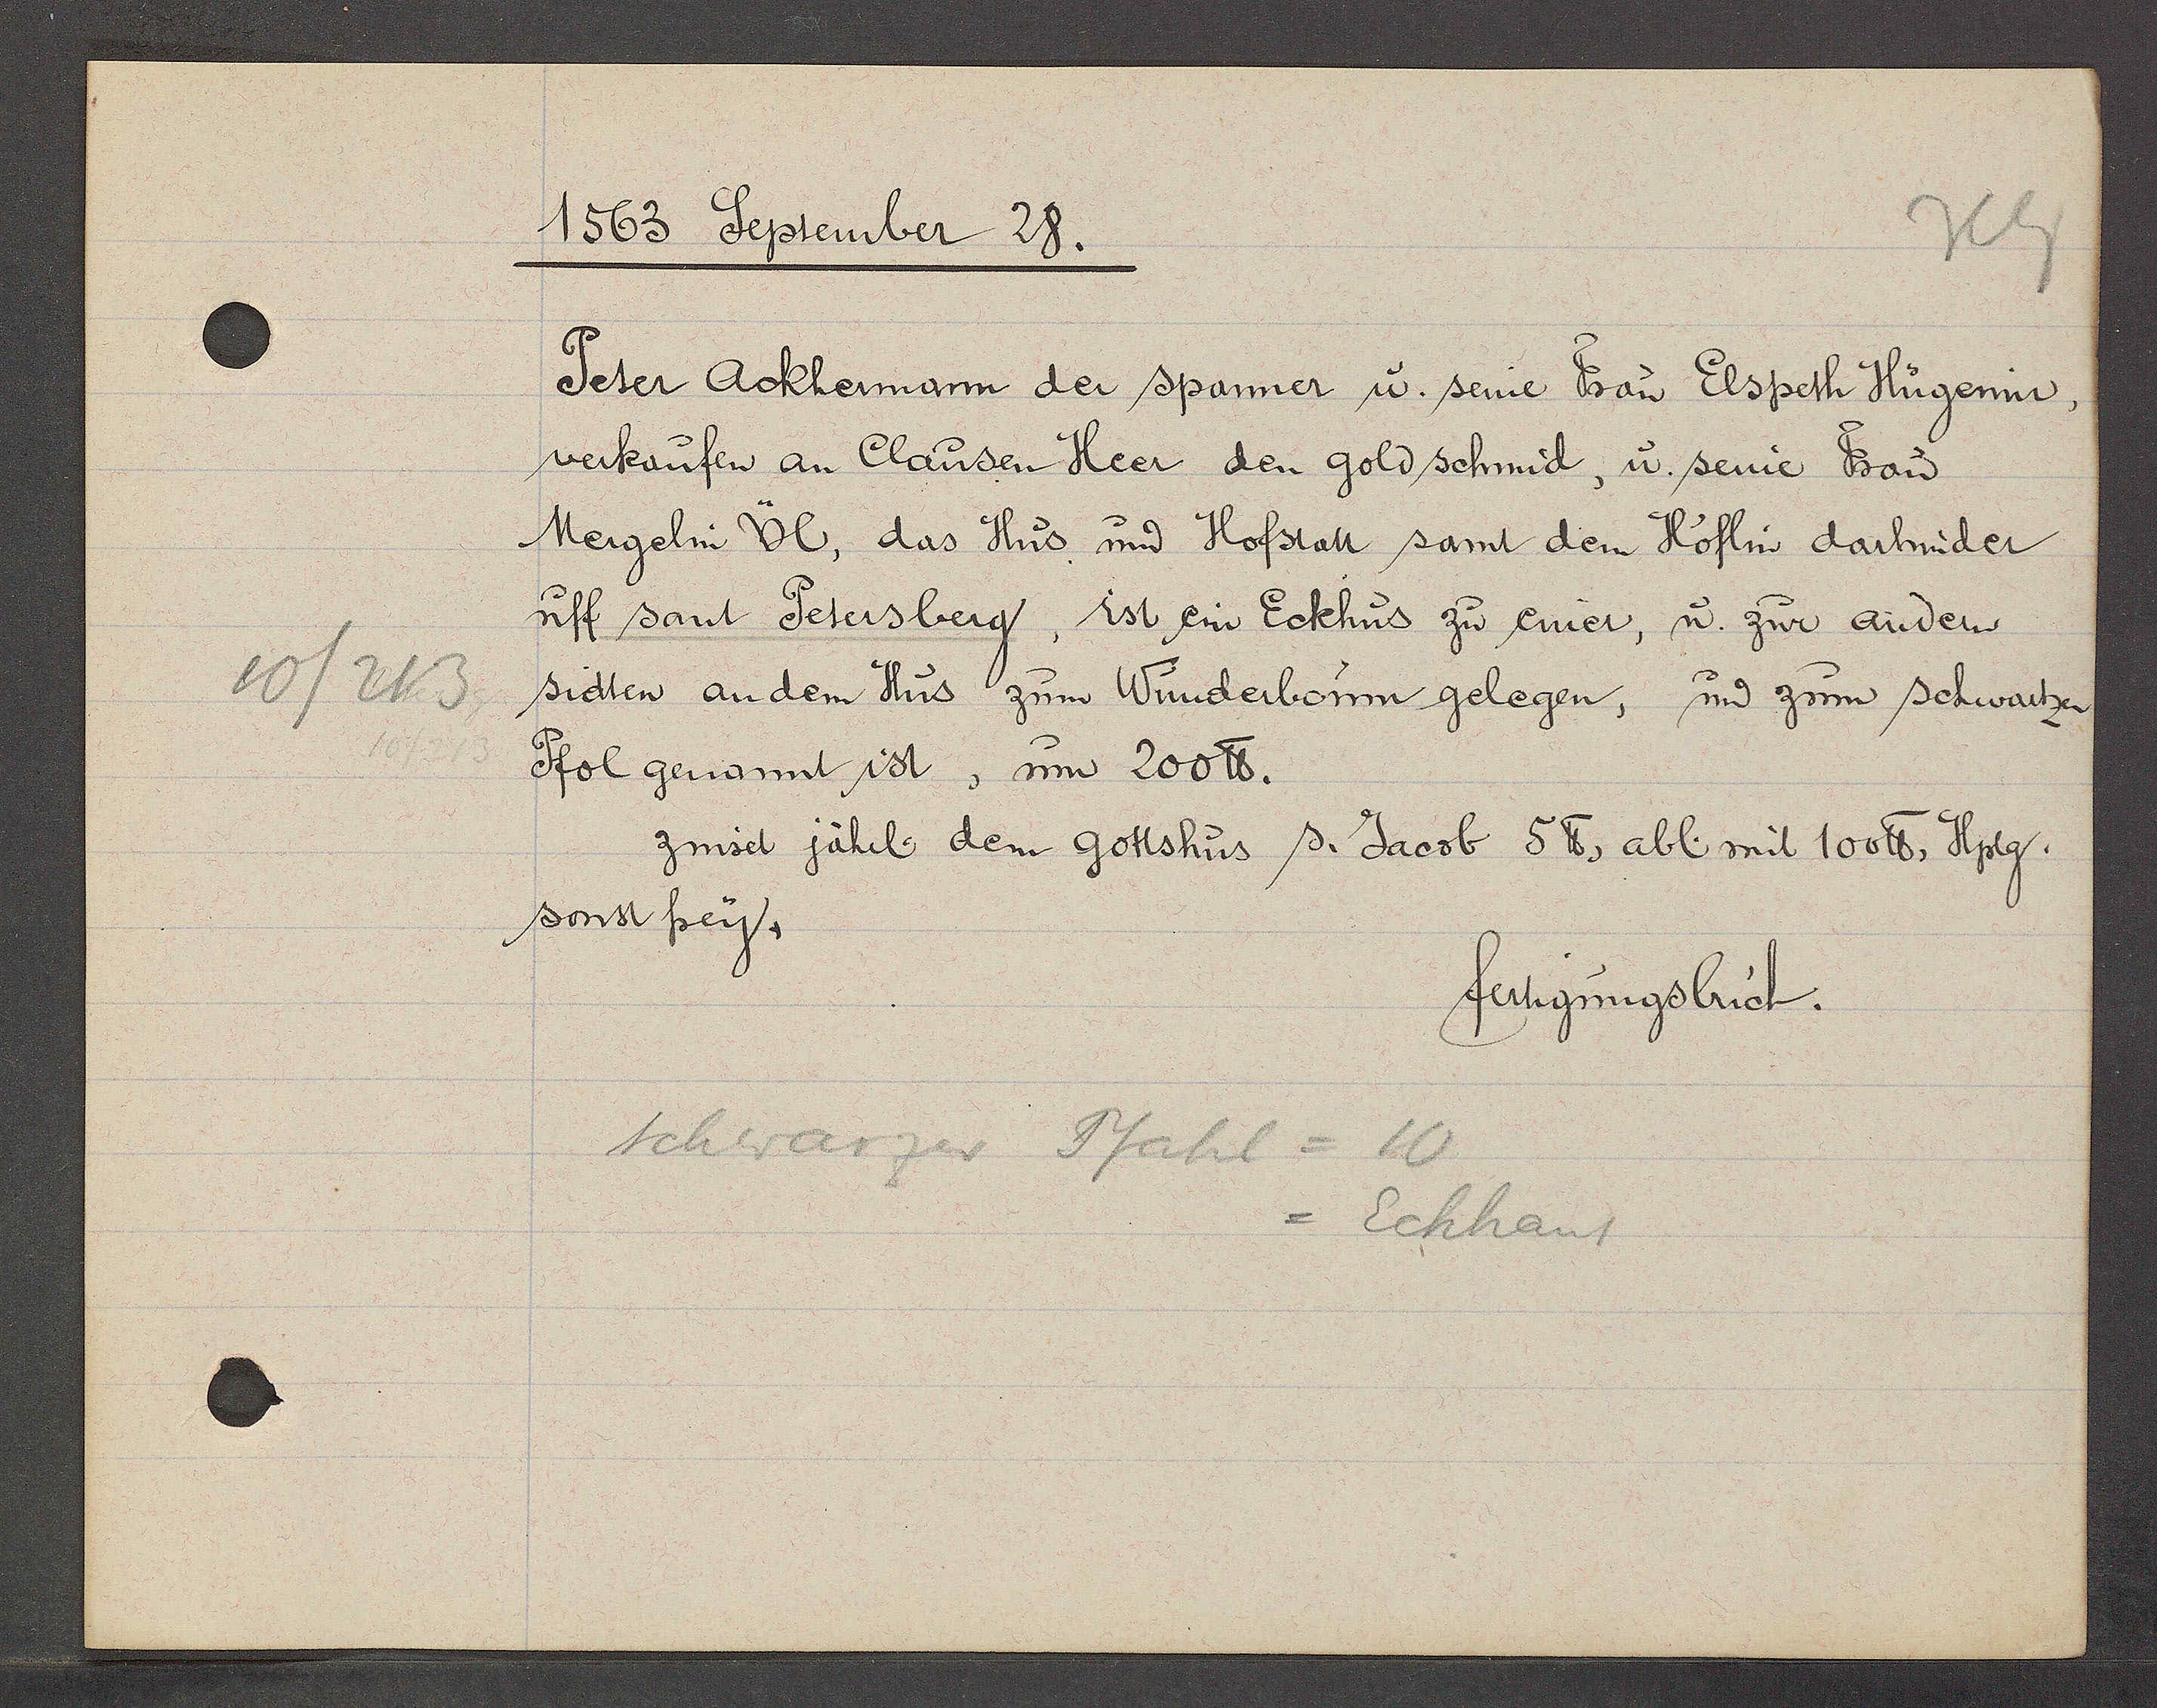
Transcript:
10/213

1563 September 28.

Peter Ackhermann der spanner u. seine Frau Elspeth Hügenin,
verkaufen an Clausen Heer den gold schmid, u. seine Frau
Mergelin Ül, das Hus und Hofstatt samt dem Höflin darhinder
uff sant Petersberg, ist ein Eckhus zu einer, u. zur andern
sidten an dem Hus zum Winderbonn gelegen, un zum schwartzen
Pfol genannt ist, um 200 ℔.
sonst frey.
zinset jährl. dem gottshus s. Jacob 5 ℔, abl. mit 100 ℔. Hplg.

Schwarzer Pfahl = 10
= Eckhaus

fertigungsbuch.